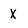
Character: X